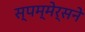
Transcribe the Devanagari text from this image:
स्पम्मेर्सने